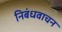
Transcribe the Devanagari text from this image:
निबंधवाचन